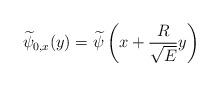
LaTeX: \begin{align*} \widetilde{\psi}_{0,x}(y)=\widetilde{\psi}\left(x+\frac R{\sqrt{E}}y\right)\end{align*}